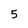
Character: 5